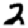
Digit: 2